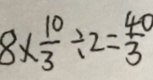
8 \times \frac { 1 0 } { 3 } \div 2 = \frac { 4 0 } { 3 }